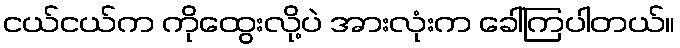
ငယ်ငယ်က ကိုထွေးလို့ပဲ အားလုံးက ခေါ်ကြပါတယ်။